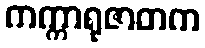
ကက္ကာရုဇာတက